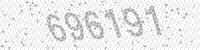
Solution: 696191